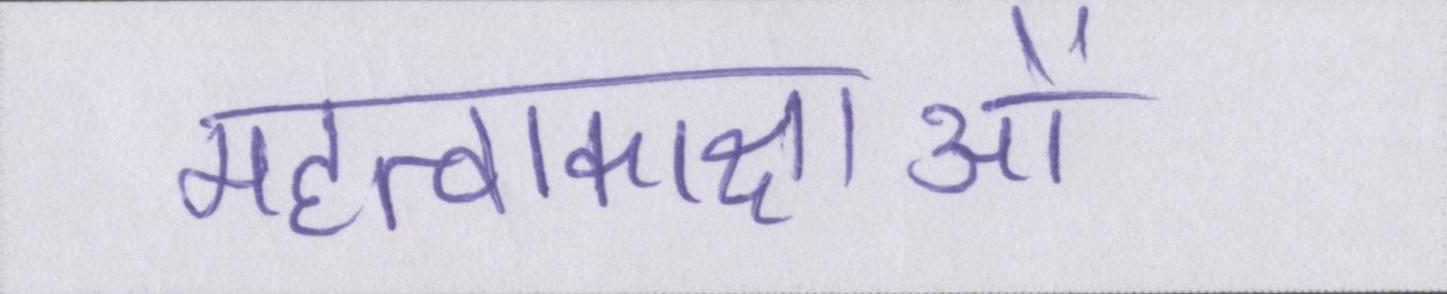
महत्वाकाक्षाओं